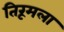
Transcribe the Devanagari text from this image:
तिरूमला